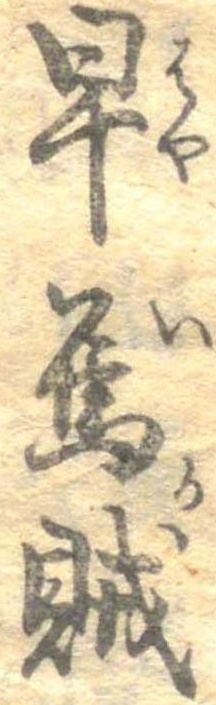
早烏賊